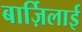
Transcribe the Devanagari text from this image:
बार्ज़िलाई